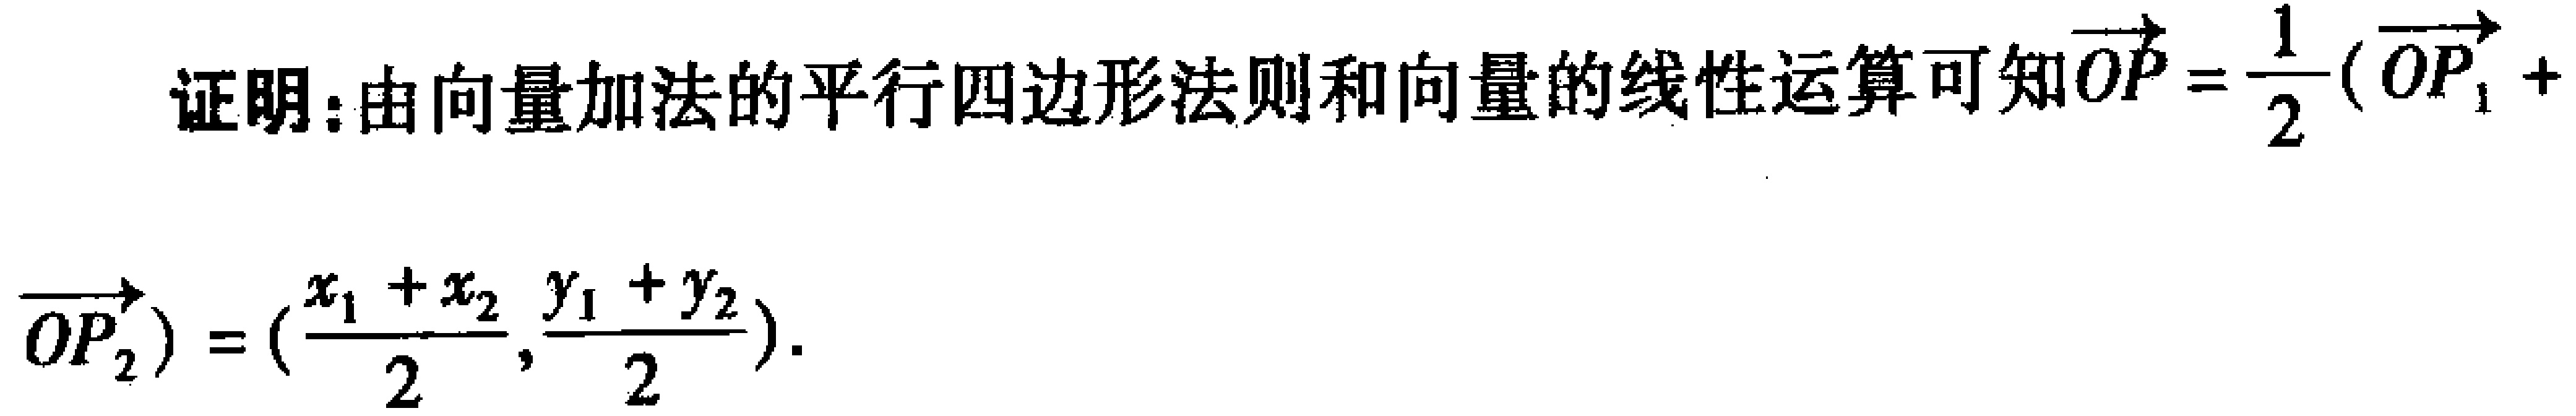
证明：由向量加法的平行四边形法则和向量的线性运算可知\(\overrightarrow{OP}=\frac{1}{2}(\overrightarrow{OP_1}+ \overrightarrow{OP_2}) = (\frac{x_1 + x_2}{2}, \frac{y_1 + y_2}{2})\)。